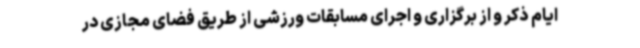
ایام ذکر و از برگزاری و اجرای مسابقات ورزشی از طریق فضای مجازی در